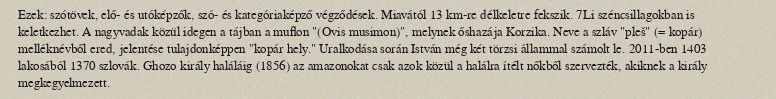
Ezek: szótövek, elő- és utóképzők, szó- és kategóriaképző végződések. Miavától 13 km-re délkeletre fekszik. 7Li széncsillagokban is keletkezhet. A nagyvadak közül idegen a tájban a muflon "(Ovis musimon)", melynek őshazája Korzika. Neve a szláv "pleš" (= kopár) melléknévből ered, jelentése tulajdonképpen "kopár hely." Uralkodása során István még két törzsi állammal számolt le. 2011-ben 1403 lakosából 1370 szlovák. Ghozo király haláláig (1856) az amazonokat csak azok közül a halálra ítélt nőkből szervezték, akiknek a király megkegyelmezett.